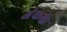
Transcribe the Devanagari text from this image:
अंकके